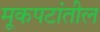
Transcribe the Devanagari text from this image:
मूकपटांतील